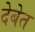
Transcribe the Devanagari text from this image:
देबेत